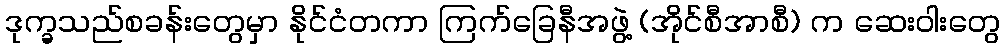
ဒုက္ခသည်စခန်းတွေမှာ နိုင်ငံတကာ ကြက်ခြေနီအဖွဲ့ (အိုင်စီအာစီ) က ဆေးဝါးတွေ